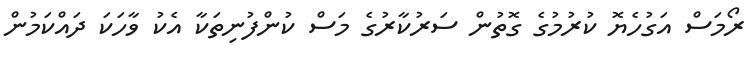
ރޯމަސް އަގުހެޔޮ ކުރުމުގެ ގޮތުން ސަރުކާރުގެ މަސް ކުންފުނިތަކާ އެކު ވާހަކަ ދައްކަމުން